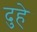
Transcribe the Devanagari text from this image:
दुहे